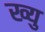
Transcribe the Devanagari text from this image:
ख्यु